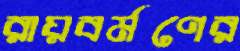
রায়বর্মণের